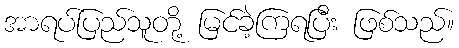
အာရပ်ပြည်သူတို့ မြင်ခဲ့ကြရပြီး ဖြစ်သည်။